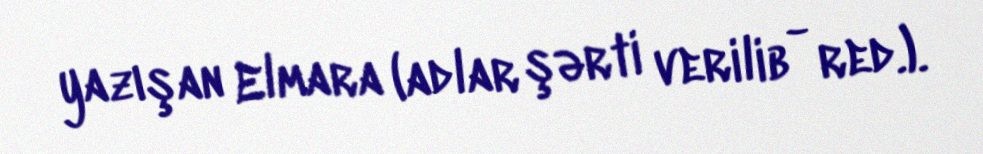
yazışan Elmara (adlar şərti verilib - red.).